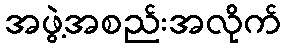
အဖွဲ့အစည်းအလိုက်